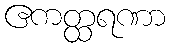
ဧကတ္ထရဏာ